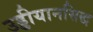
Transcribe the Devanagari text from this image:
उड्डीयानसिद्ध